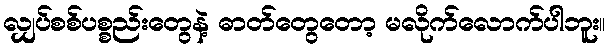
လျှပ်စစ်ပစ္စည်းတွေနဲ့ ဓာတ်တွေတော့ မလိုက်လောက်ပါဘူး။